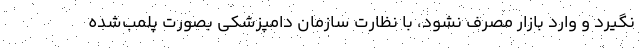
نگیرد و وارد بازار مصرف نشود، با نظارت سازمان دامپزشکی بصورت پلمب‌شده